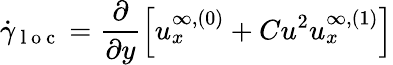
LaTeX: \dot{\gamma}_{\mathrm{~l~o~c~}}=\frac{\partial}{\partial y}\left[u_{x}^{\infty,(0)}+Cu^{2}u_{x}^{\infty,(1)}\right]